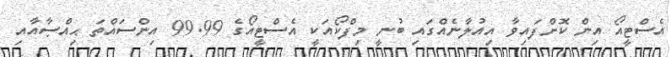
އެސްޓީއޯ އިން ކޮށްފައިވާ އިއުލާނެއްގައި ބުނީ މިފްކޯއަކީ އެސްޓީއޯގެ 99.99 އިންސައްތަ ޙިއްޞާއާއި